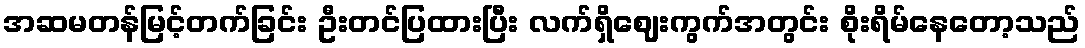
အဆမတန်မြင့်တက်ခြင်း ဦးတင်ပြထားပြီး လက်ရှိဈေးကွက်အတွင်း စိုးရိမ်နေတော့သည်